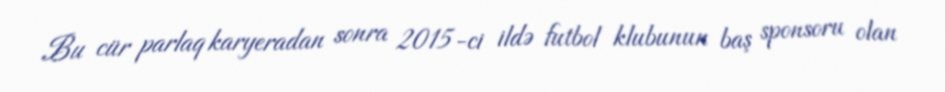
Bu cür parlaq karyeradan sonra 2015-ci ildə futbol klubunun baş sponsoru olan